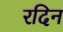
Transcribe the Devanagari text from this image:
रदिन